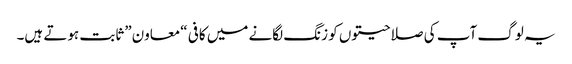
یہ لوگ آپ کی صلاحیتوں کو زنگ لگانے میں کافی “معاون” ثابت ہوتے ہیں۔